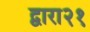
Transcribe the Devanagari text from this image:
द्वारा२१